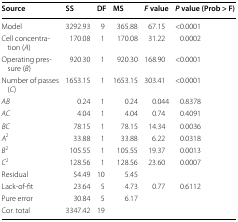
| Source | SS | DF | MS | F value | P value (Prob > F) |
 | --- | --- | --- | --- | --- | --- |
 | Model | 3292.93 | 9 | 365.88 | 67.15 | <0.0001 |
 | Cell concentration (A) | 170.08 | 1 | 170.08 | 31.22 | 0.0002 |
 | Operating pressure (B) | 920.30 | 1 | 920.30 | 168.90 | <0.0001 |
 | Number of passes (C) | 1653.15 | 1 | 1653.15 | 303.41 | <0.0001 |
 | AB | 0.24 | 1 | 0.24 | 0.044 | 0.8378 |
 | AC | 4.04 | 1 | 4.04 | 0.74 | 0.4091 |
 | BC | 78.15 | 1 | 78.15 | 14.34 | 0.0036 |
 | A2 | 33.88 | 1 | 33.88 | 6.22 | 0.0318 |
 | B2 | 105.55 | 1 | 105.55 | 19.37 | 0.0013 |
 | C2 | 128.56 | 1 | 128.56 | 23.60 | 0.0007 |
 | Residual | 54.49 | 10 | 5.45 |  |  |
 | Lack-of-fit | 23.64 | 5 | 4.73 | 0.77 | 0.6112 |
 | Pure error | 30.84 | 5 | 6.17 |  |  |
 | Cor. total | 3347.42 | 19 |  |  |  |